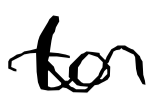
Text: to
Cross-out: wave
Writing tool: digital_black